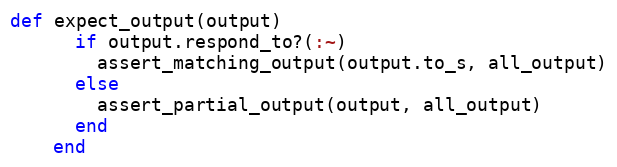
Language: Ruby
def expect_output(output)
      if output.respond_to?(:~)
        assert_matching_output(output.to_s, all_output)
      else
        assert_partial_output(output, all_output)
      end
    end